Government Evacuation Scheme: Educational provision, 1939
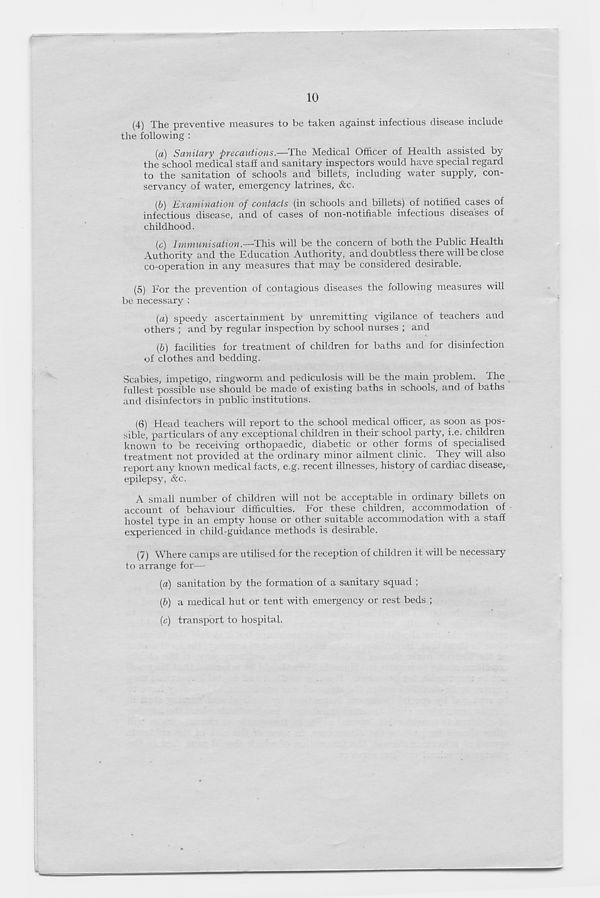
10
(4) The preventive measures to be taken against infectious disease include
the following :
[а) Sanitary precautions.—The Medical Officer of Health assisted by
the school medical staff and sanitary inspectors would have special regard
to the sanitation of schools and billets, including water supply, con-
servancy of water, emergency latrines, &c.
(б) Examination of contacts (in schools and billets) of notified cases of
infectious disease, and of cases of non-notifiable infectious diseases of
childhood.
(c) Immunisation.—This will be the concern of both the Public Health
Authority and the Education Authority, and doubtless there will be close
co-operation in any measures that may be considered desirable.
(5) For the prevention of contagious diseases the following measures will
be necessary :
[а) speedy ascertainment by unremitting vigilance of teachers and
others ; and by regular inspection by school nurses ; and
(б) facilities for treatment of children for baths and for disinfection
of clothes and bedding.
Scabies, impetigo, ringworm and pediculosis will be the main problem. Hie
fullest possible use should be made of existing baths in schools, and of baths
and disinfectors in public institutions.
(6) Head teachers will report to the school medical officer, as soon as pos-
sible, particulars of any exceptional children in their school party, i.e. children
known to be receiving orthopaedic, diabetic or other forms of specialised
treatment not provided at the ordinary minor ailment clinic. They will also
report any known medical facts, e.g. recent illnesses, history of cardiac disease,
epilepsy, &c.
A small number of children will not be acceptable in ordinary billets on
account of behaviour difficulties. For these children, accommodation of
hostel type in an empty house or other suitable accommodation with a staff
experienced in child-guidance methods is desirable.
(7) Where camps are utilised for the reception of children it will be necessary
to arrange for—
{a) sanitation by the formation of a sanitary squad ;
(b) a medical hut or tent with emergency or rest beds ;
(c) transport to hospital.